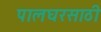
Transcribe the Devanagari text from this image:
पालघरसाठी